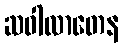
ဆဝါလာတေန